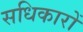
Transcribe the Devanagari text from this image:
सधिकारों